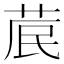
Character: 𮏁